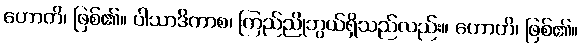
ဟောတိ၊ ဖြစ်၏။ ပါသာဒိကာစ၊ ကြည်ညိုဘွယ်ရှိသည်လည်း။ ဟောတိ၊ ဖြစ်၏။